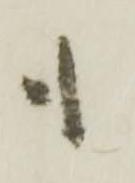
も